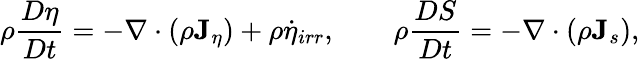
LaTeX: \rho\frac{D\eta}{Dt}=-\nabla\cdot(\rho{\mathbf J}_{\eta})+\rho\dot{\eta}_{irr},\qquad\rho\frac{DS}{Dt}=-\nabla\cdot(\rho{\mathbf J}_{s}),